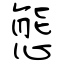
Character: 態